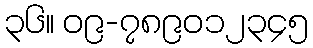
၃၆။ ၀၉-၇၈၉၀၁၂၃၄၅